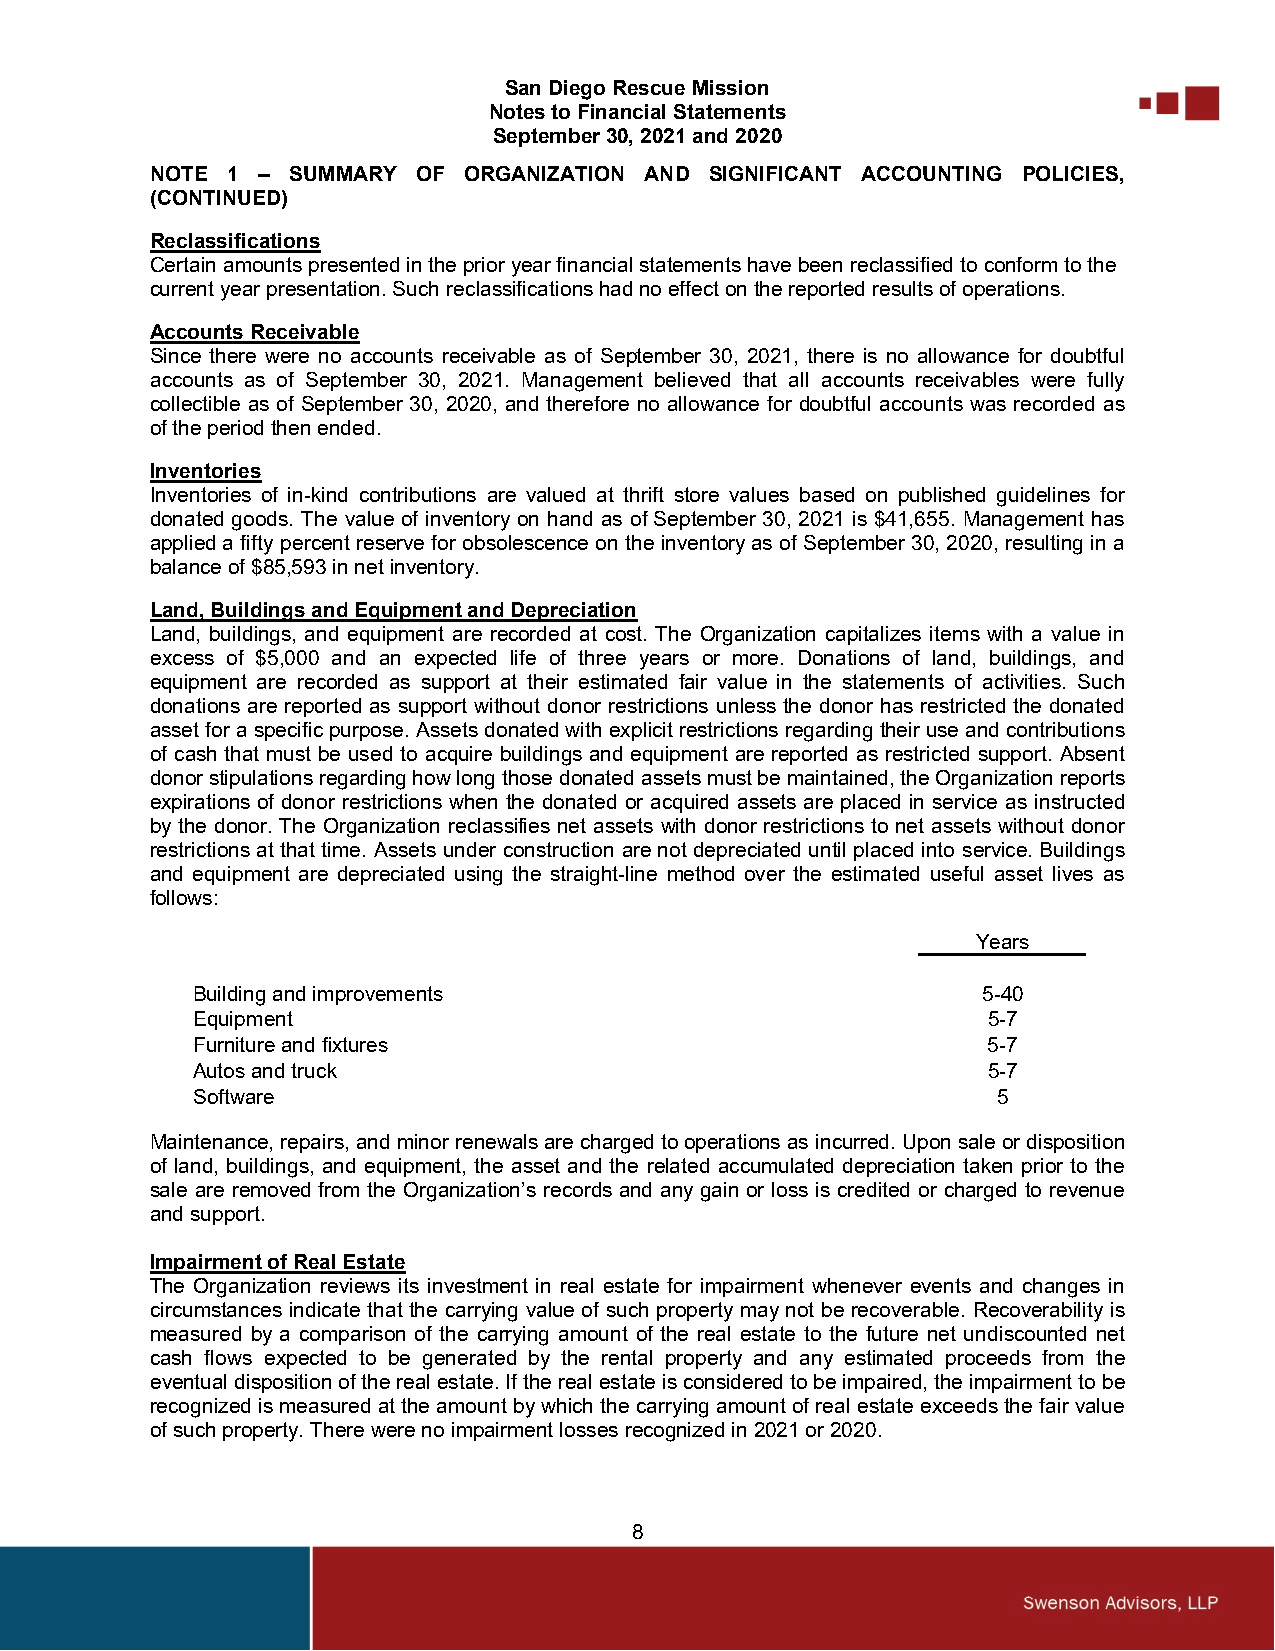
San Diego Rescue Mission
 Notes to Financial Statements
 September 30, 2021 and 2020
 NOTE 1 – SUMMARY  OF ORGANIZATION AND SIGNIFICANT ACCOUNTING POLICIES,
 (CONTINUED)
 Reclassifications
 Certain amounts presented in the prior year financial statements have been reclassified to conform to the
 current year presentation. Such reclassifications had no effect on the reported results of operations.
 Accounts Receivable
 Since there were no accounts receivable as of September 30, 2021, there is no allowance for doubtful
 accounts as of September 30, 2021. Management believed that all accounts receivables were fully
 collectible as of September 30, 2020, and therefore no allowance for doubtful accounts was recorded as
 of the period then ended.
 Inventories
 Inventories of in-kind contributions are valued at thrift store values based on published guidelines for
 donated goods. The value of inventory on hand as of September 30, 2021 is $41,655. Management has
 applied a fifty percent reserve for obsolescence on the inventory as of September 30, 2020, resulting in a
 balance of $85,593 in net inventory.
 Land, Buildings and Equipment and Depreciation
 Land, buildings, and equipment are recorded at cost. The Organization capitalizes items with a value in
 excess of $5,000 and an expected life of three years or more. Donations of land, buildings, and
 equipment are recorded as support at their estimated fair value in the statements of activities. Such
 donations are reported as support without donor restrictions unless the donor has restricted the donated
 asset for a specific purpose. Assets donated with explicit restrictions regarding their use and contributions
 of cash that must be used to acquire buildings and equipment are reported as restricted support. Absent
 donor stipulations regarding how long those donated assets must be maintained, the Organization reports
 expirations of donor restrictions when the donated or acquired assets are placed in service as instructed
 by the donor. The Organization reclassifies net assets with donor restrictions to net assets without donor
 restrictions at that time. Assets under construction are not depreciated until placed into service. Buildings
 and equipment are depreciated using the straight-line method over the estimated useful asset lives as
 follows:
 Years
 Building and improvements                           5-40
 Equipment                                           5-7
 Furniture and fixtures                              5-7
 Autos and truck                                     5-7
 Software                                             5
 Maintenance, repairs, and minor renewals are charged to operations as incurred. Upon sale or disposition
 of land, buildings, and equipment, the asset and the related accumulated depreciation taken prior to the
 sale are removed from the Organization’s records and any gain or loss is credited or charged to revenue
 and support.
 Impairment of Real Estate
 The Organization reviews its investment in real estate for impairment whenever events and changes in
 circumstances indicate that the carrying value of such property may not be recoverable. Recoverability is
 measured by a comparison of the carrying amount of the real estate to the future net undiscounted net
 cash flows expected to be generated by the rental property and any estimated proceeds from the
 eventual disposition of the real estate. If the real estate is considered to be impaired, the impairment to be
 recognized is measured at the amount by which the carrying amount of real estate exceeds the fair value
 of such property. There were no impairment losses recognized in 2021 or 2020.
 8